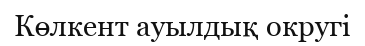
Көлкент ауылдық округі